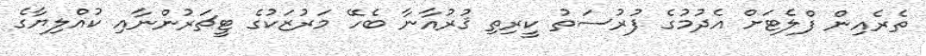
ތެރެއިން ފްލެޓަށް އެދުމުގެ ފުރުސަތު ކީރިތި ޤުރުއާނާ ބެހޭ މަރުޒަކުގެ ޓީޗަރުންނާއި ކުއްލިޔާގެ